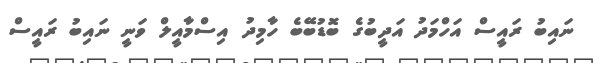
ނައިބު ރައީސް އަހްމަދު އަދީބުގެ ބޮޑުބޭބެ ހާމިދު އިސްމާއީލް ވަނީ ނައިބު ރައީސް